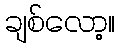
ချစ်လော့။